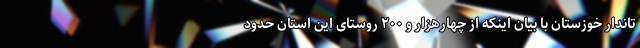
تاندار خوزستان با بیان اینکه از چهارهزار و ۲۰۰ روستای این استان حدود